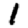
Digit: 1